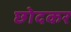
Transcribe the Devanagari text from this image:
छोदकर